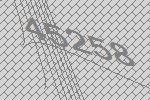
45258